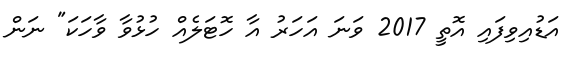
އަޑުއިވިފައި އޮތީ 2017 ވަނަ އަހަރު އާ ހޮޓަލެއް ހުޅުވާ ވާހަކަ" ނަން